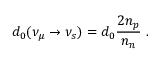
d _ { 0 } ( \nu _ { \mu } \rightarrow \nu _ { s } ) = d _ { 0 } { \frac { 2 n _ { p } } { n _ { n } } } ~ .